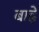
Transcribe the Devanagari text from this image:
बाढ़े